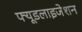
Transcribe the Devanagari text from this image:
फ्यूडलाइजेशन